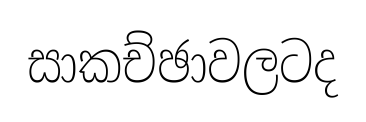
සාකච්ඡාවලටද